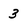
Character: 3